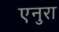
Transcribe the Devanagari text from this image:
एनुरा